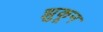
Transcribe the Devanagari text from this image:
झुकून